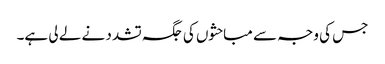
جس کی وجہ سے مباحثوں کی جگہ تشدد نے لے لی ہے۔